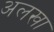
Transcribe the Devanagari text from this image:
अलखा